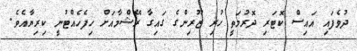
ދުވެފައި އައިސް ކޮޓަރި ދޮރުމަތީ ހުރި ޒޫރިންގެ ގައިގާ ރޭޝްމާއަށް ހިފެހެއްޓުނީ ކިރިޔާއެވެ.